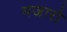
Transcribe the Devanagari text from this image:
मजारो